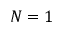
N = 1